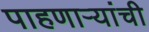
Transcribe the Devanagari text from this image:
पाहणाऱ्यांची